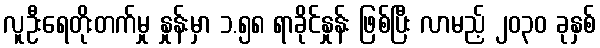
လူဦးရေတိုးတက်မှု နှုန်းမှာ ၁.၅၈ ရာခိုင်နှုန်း ဖြစ်ပြီး လာမည့် ၂၀၃၀ ခုနှစ်